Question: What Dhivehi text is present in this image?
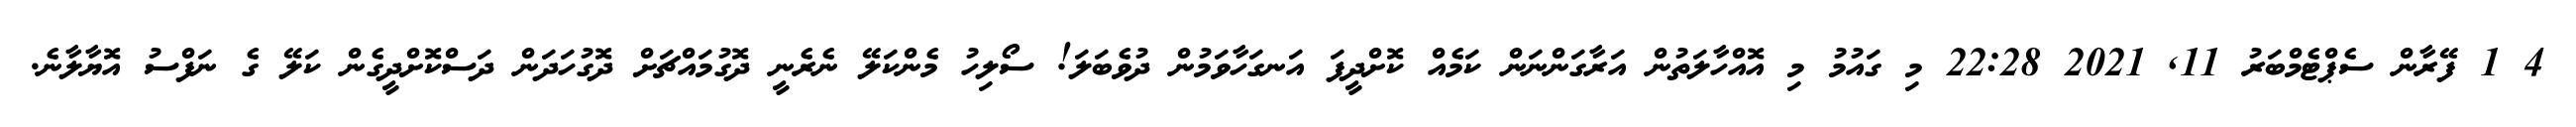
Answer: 4 1 ފޭރާން ސެޕްޓެމްބަރު 11, 2021 22:28 މި ގައުމު މި އޮއްހާލަތުން އަރާގަންނަން ކަމެއް ކޮށްދީފަ އަނގަހާވަމުން ދުވެބަލަ! ސޯލިހު މެންކަލޭ ނެރެނީ ދޮގުމައްޗަށް ދޮގުހަދަން ދަސްކޮށްދީގެން ކަލޭ ގެ ނަފްސު އޮޔާލާނެ.